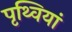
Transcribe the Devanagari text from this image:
पृथ्वियां